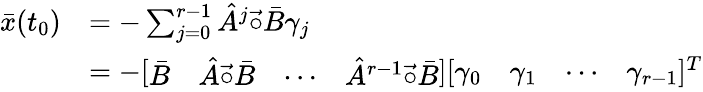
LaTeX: \begin{array}{rl}{\bar{x}(t_{0})}&{=-\sum_{j=0}^{r-1}\hat{A}^{j}\vec{\circ}\bar{B}\gamma_{j}}\\ &{=-[\begin{array}{llll}{\bar{B}}&{\hat{A}\vec{\circ}\bar{B}}&{\cdots}&{\hat{A}^{r-1}\vec{\circ}\bar{B}}\end{array}][\begin{array}{cccc}{\gamma_{0}}&{\gamma_{1}}&{\cdots}&{\gamma_{r-1}}\end{array}]^{T}}\end{array}